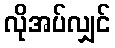
လိုအပ်လျှင်